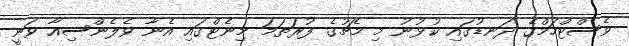
ވެސްޓްހަމްގެ ދަނޑުގައި ކުޅުނު މި މެޗުގެ ފުރަތަމަ މިނެޓްގައި އެނާ ވެލެންސިއާ ވަނީ